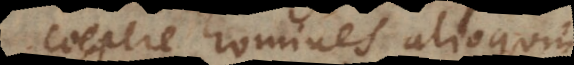
coepere homines alioquin